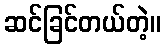
ဆင်ခြင်တယ်တဲ့။